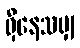
ရှိနေသမျှ